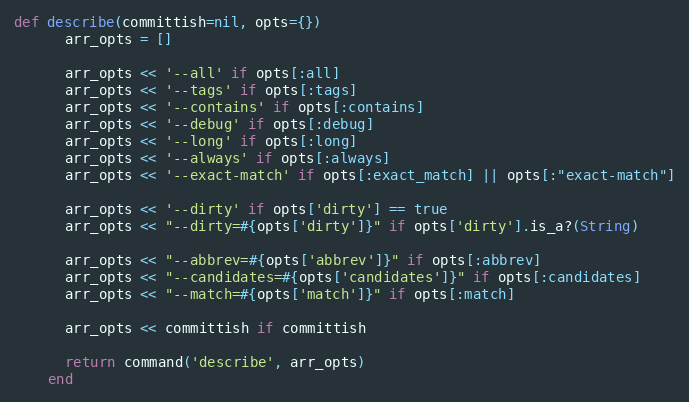
Language: Ruby
def describe(committish=nil, opts={})
      arr_opts = []

      arr_opts << '--all' if opts[:all]
      arr_opts << '--tags' if opts[:tags]
      arr_opts << '--contains' if opts[:contains]
      arr_opts << '--debug' if opts[:debug]
      arr_opts << '--long' if opts[:long]
      arr_opts << '--always' if opts[:always]
      arr_opts << '--exact-match' if opts[:exact_match] || opts[:"exact-match"]

      arr_opts << '--dirty' if opts['dirty'] == true
      arr_opts << "--dirty=#{opts['dirty']}" if opts['dirty'].is_a?(String)

      arr_opts << "--abbrev=#{opts['abbrev']}" if opts[:abbrev]
      arr_opts << "--candidates=#{opts['candidates']}" if opts[:candidates]
      arr_opts << "--match=#{opts['match']}" if opts[:match]

      arr_opts << committish if committish

      return command('describe', arr_opts)
    end